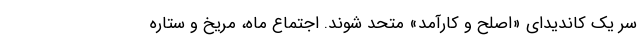
سر یک کاندیدای «اصلح و کارآمد» متحد شوند. اجتماع ماه، مریخ و ستاره